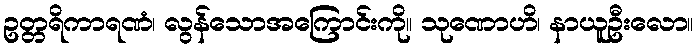
ဥတ္တရိကာရဏံ၊ လွန်သောအကြောင်းကို။ သုဏောဟိ၊ နာယူဦးလော။